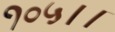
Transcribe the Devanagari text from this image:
१०५।।